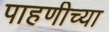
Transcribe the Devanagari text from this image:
पाहणीच्या